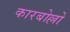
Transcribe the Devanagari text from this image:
कारबोल्लो